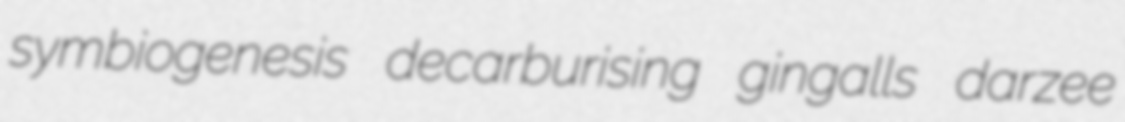
symbiogenesis decarburising gingalls darzee